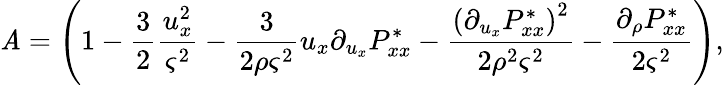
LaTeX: \mathit{A}=\left(1-\frac{{3}}{{2}}\frac{{u_{x}^{2}}}{{\varsigma^{2}}}-\frac{{3}}{{2\rho\varsigma^{2}}}u_{x}\partial_{u_{x}}P_{xx}^{*}-\frac{{{(\partial_{u_{x}}P_{xx}^{*})}^{2}}}{{2\rho^{2}\varsigma^{2}}}-\frac{{\partial_{\rho}P_{xx}^{*}}}{{2\varsigma^{2}}}\right),